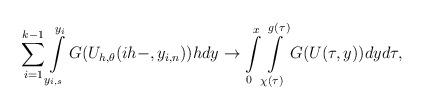
LaTeX: \begin{align*}\sum_{i=1}^{k-1}\int\limits_{y_{i,s}}^{y_{i}}G(U_{h,\theta}(ih-,y_{i,n}))hdy\to \int\limits_{0}^{x}\int\limits_{\chi(\tau)}^{g(\tau)}G(U(\tau,y))dyd\tau,\end{align*}